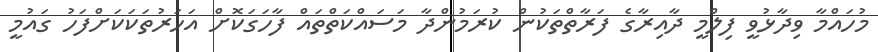
މުހައްމާ ވިދާޅުވީ ފިލްމީ ދާއިރާގެ ފަރާތްތަކުން ކުރަމުންދާ މަސައްކަތްތައް ފާހަގަކޮށް އަހަރުތަކަކަށްފަހު ގައުމީ